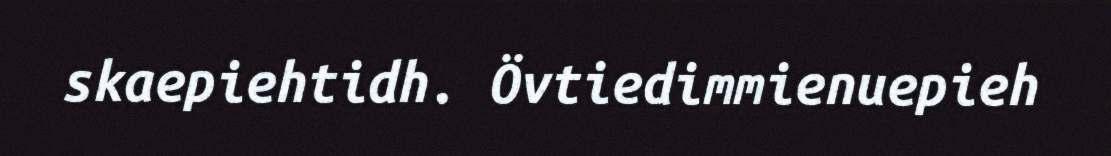
skaepiehtidh. Övtiedimmienuepieh